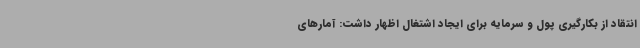
انتقاد از بکارگیری پول و سرمایه برای ایجاد اشتغال اظهار داشت: آمارهای